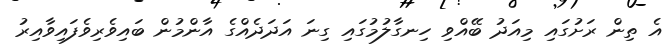
އެ ތިން ރަށުގައި މިއަދު ބޭއްވި ހިނގާލުމުގައި ގިނަ އަދަދެއްގެ އާންމުން ބައިވެރިވެފައިވާއިރު